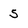
Character: 5